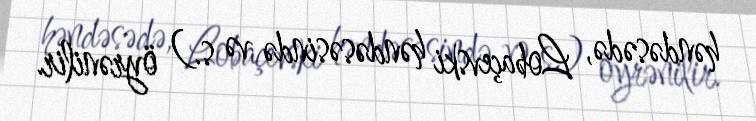
həndəsədə, Lobaçevski həndəsəsində və s.) öyrənilir.